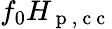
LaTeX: f_{0}H_{\mathrm{~p~,~c~c~}}